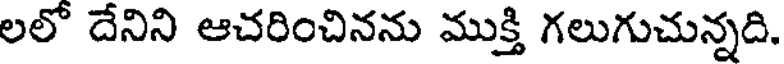
లలో దేనిని ఆచరించినను ముక్తి గలుగుచున్నది.